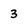
Character: 3